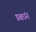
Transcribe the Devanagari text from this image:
प्रबधंन